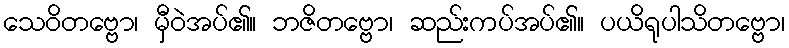
သေဝိတဗ္ဗော၊ မှီဝဲအပ်၏။ ဘဇိတဗ္ဗော၊ ဆည်းကပ်အပ်၏။ ပယိရုပါသိတဗ္ဗော၊